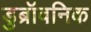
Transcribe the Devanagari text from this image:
डुब्रॉवनिक